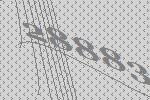
28883